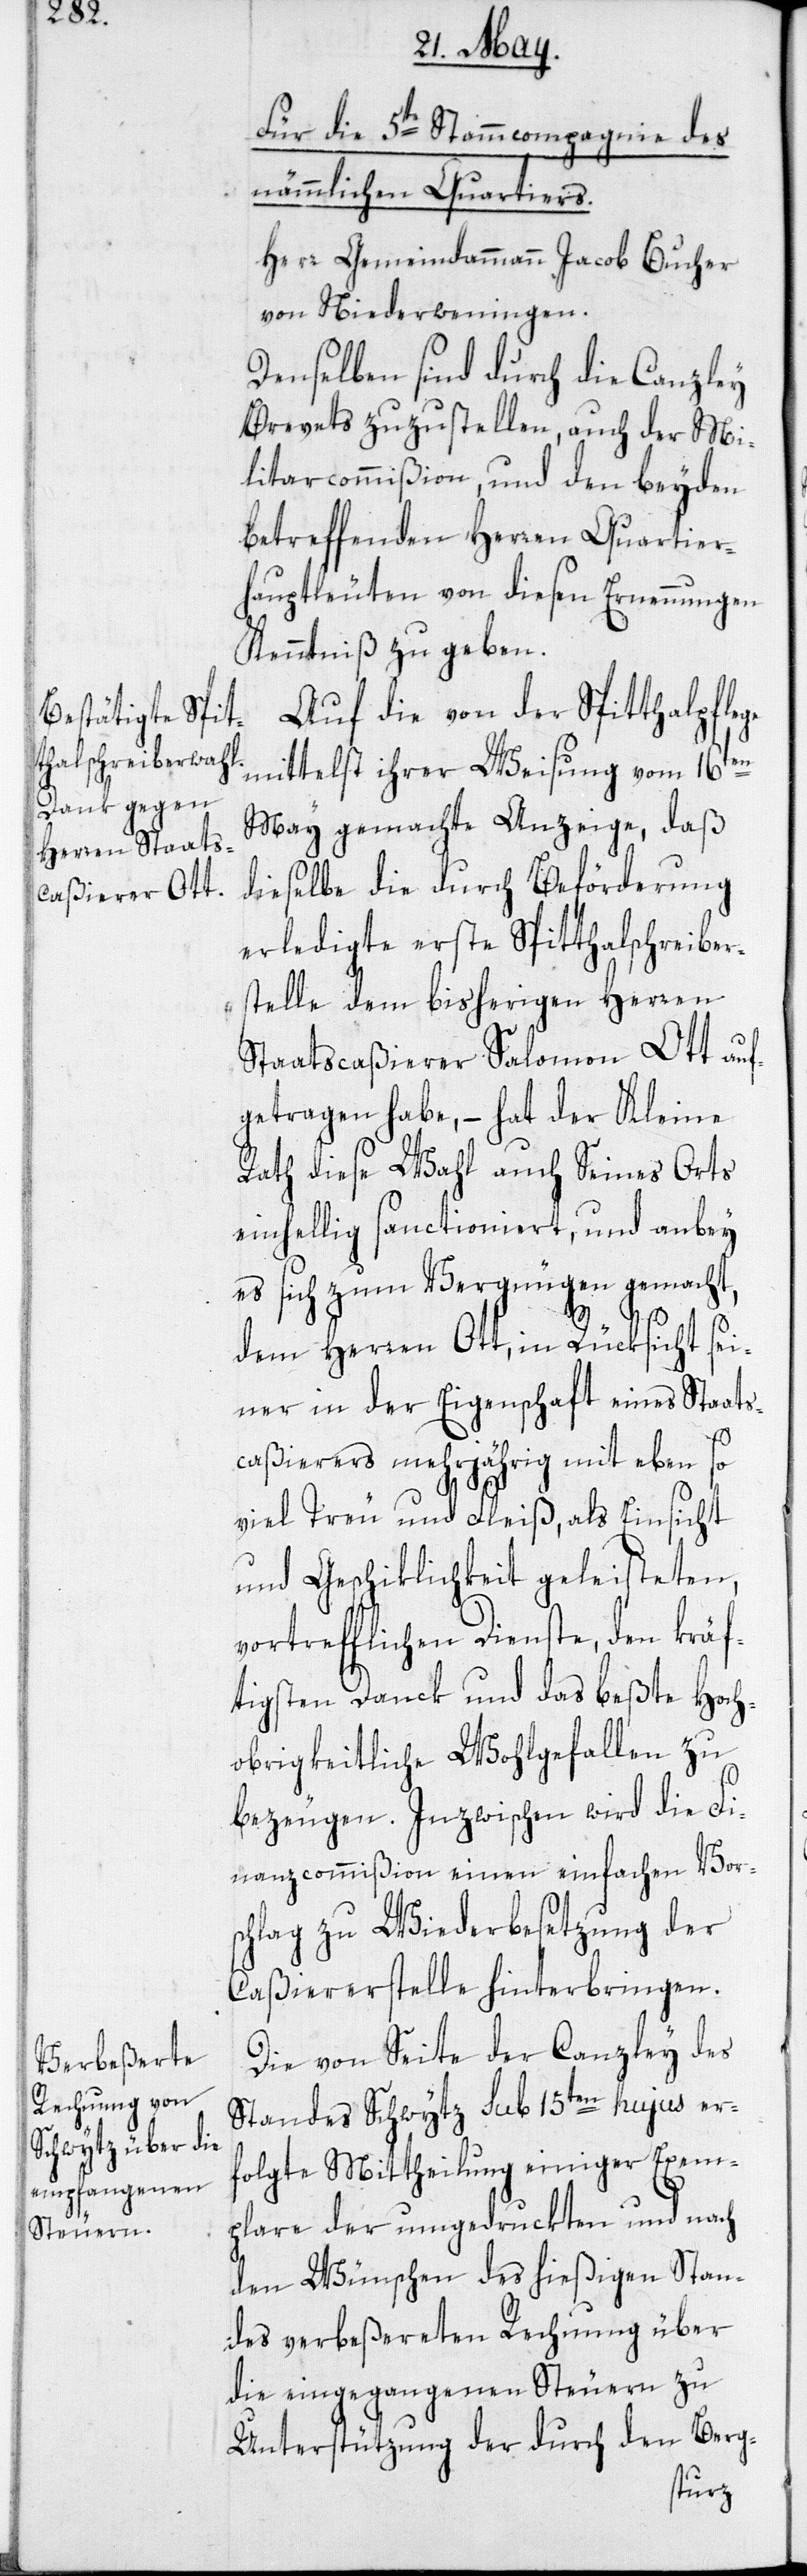
Für die 5te Stammcompagnie des
nämmlichen Quartiers.
Herr Gemeindammann Jacob Bucher
von Niederweningen.
Denselben sind durch die Canzley
Brevets zuzustellen, auch der Mi¬
litarcommißion, und den beyden
betreffenden Herren Quartier¬
hauptleuten von diesen Ernennungen
Kenntniß geben.
Auf die von der Spitthalpflege
mittelst ihrer Weisung vom 16ten
May gemachte Anzeige, daß
dieselbe die durch Beförderung
erledigte erste Spitthalschreiber¬
stelle dem bisherigen Herren
Staatscaßierer Salomon Ott auf¬
getragen habe, – hat der Kleine
Rath diese Wahl auch Seines Orts
einhellig sanctioniert, und anbey
es sich zum Vergnügen gemacht,
dem Herren Ott, in Rücksicht sei¬
ner in der Eigenschaft eines Staats¬
caßierers mehrjährig mit eben so
viel Treu und Fleiß, als Einsicht
und Geschiklichkeit geleisteten,
vortrefflichen Dienste, den kräf¬
tigsten Danck und das beßte Hoch¬
obrigkeitliche Wohlgefallen zu
bezeugen. Inzwischen wird die F¬
inanzcommißion einen einfachen Vor¬
schlag zu Wiederbesetzung der
Caßiererstelle hinterbringen.
Die von Seite der Canzley des
Standes Schwytz sub 15ten hujus er¬
folgte Mittheilung einiger Exem¬
plare der umgedruckten und nach
den Wünschen des hießigen Stan¬
des verbeßerten Rechnung über
die eingegangenen Steuern zu
Unterstützung der durch den Berg-